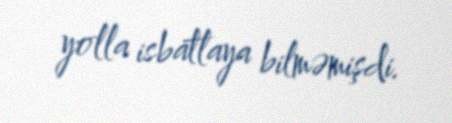
yolla isbatlaya bilməmişdi.